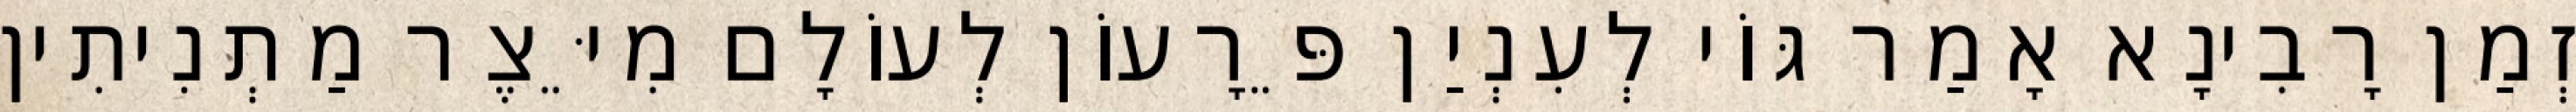
זְמַן רָבִינָא אָמַר גּוֹי לְעִנְיַן פֵּרָעוֹן לְעוֹלָם מִיֵּצֶר מַתְנִיתִין